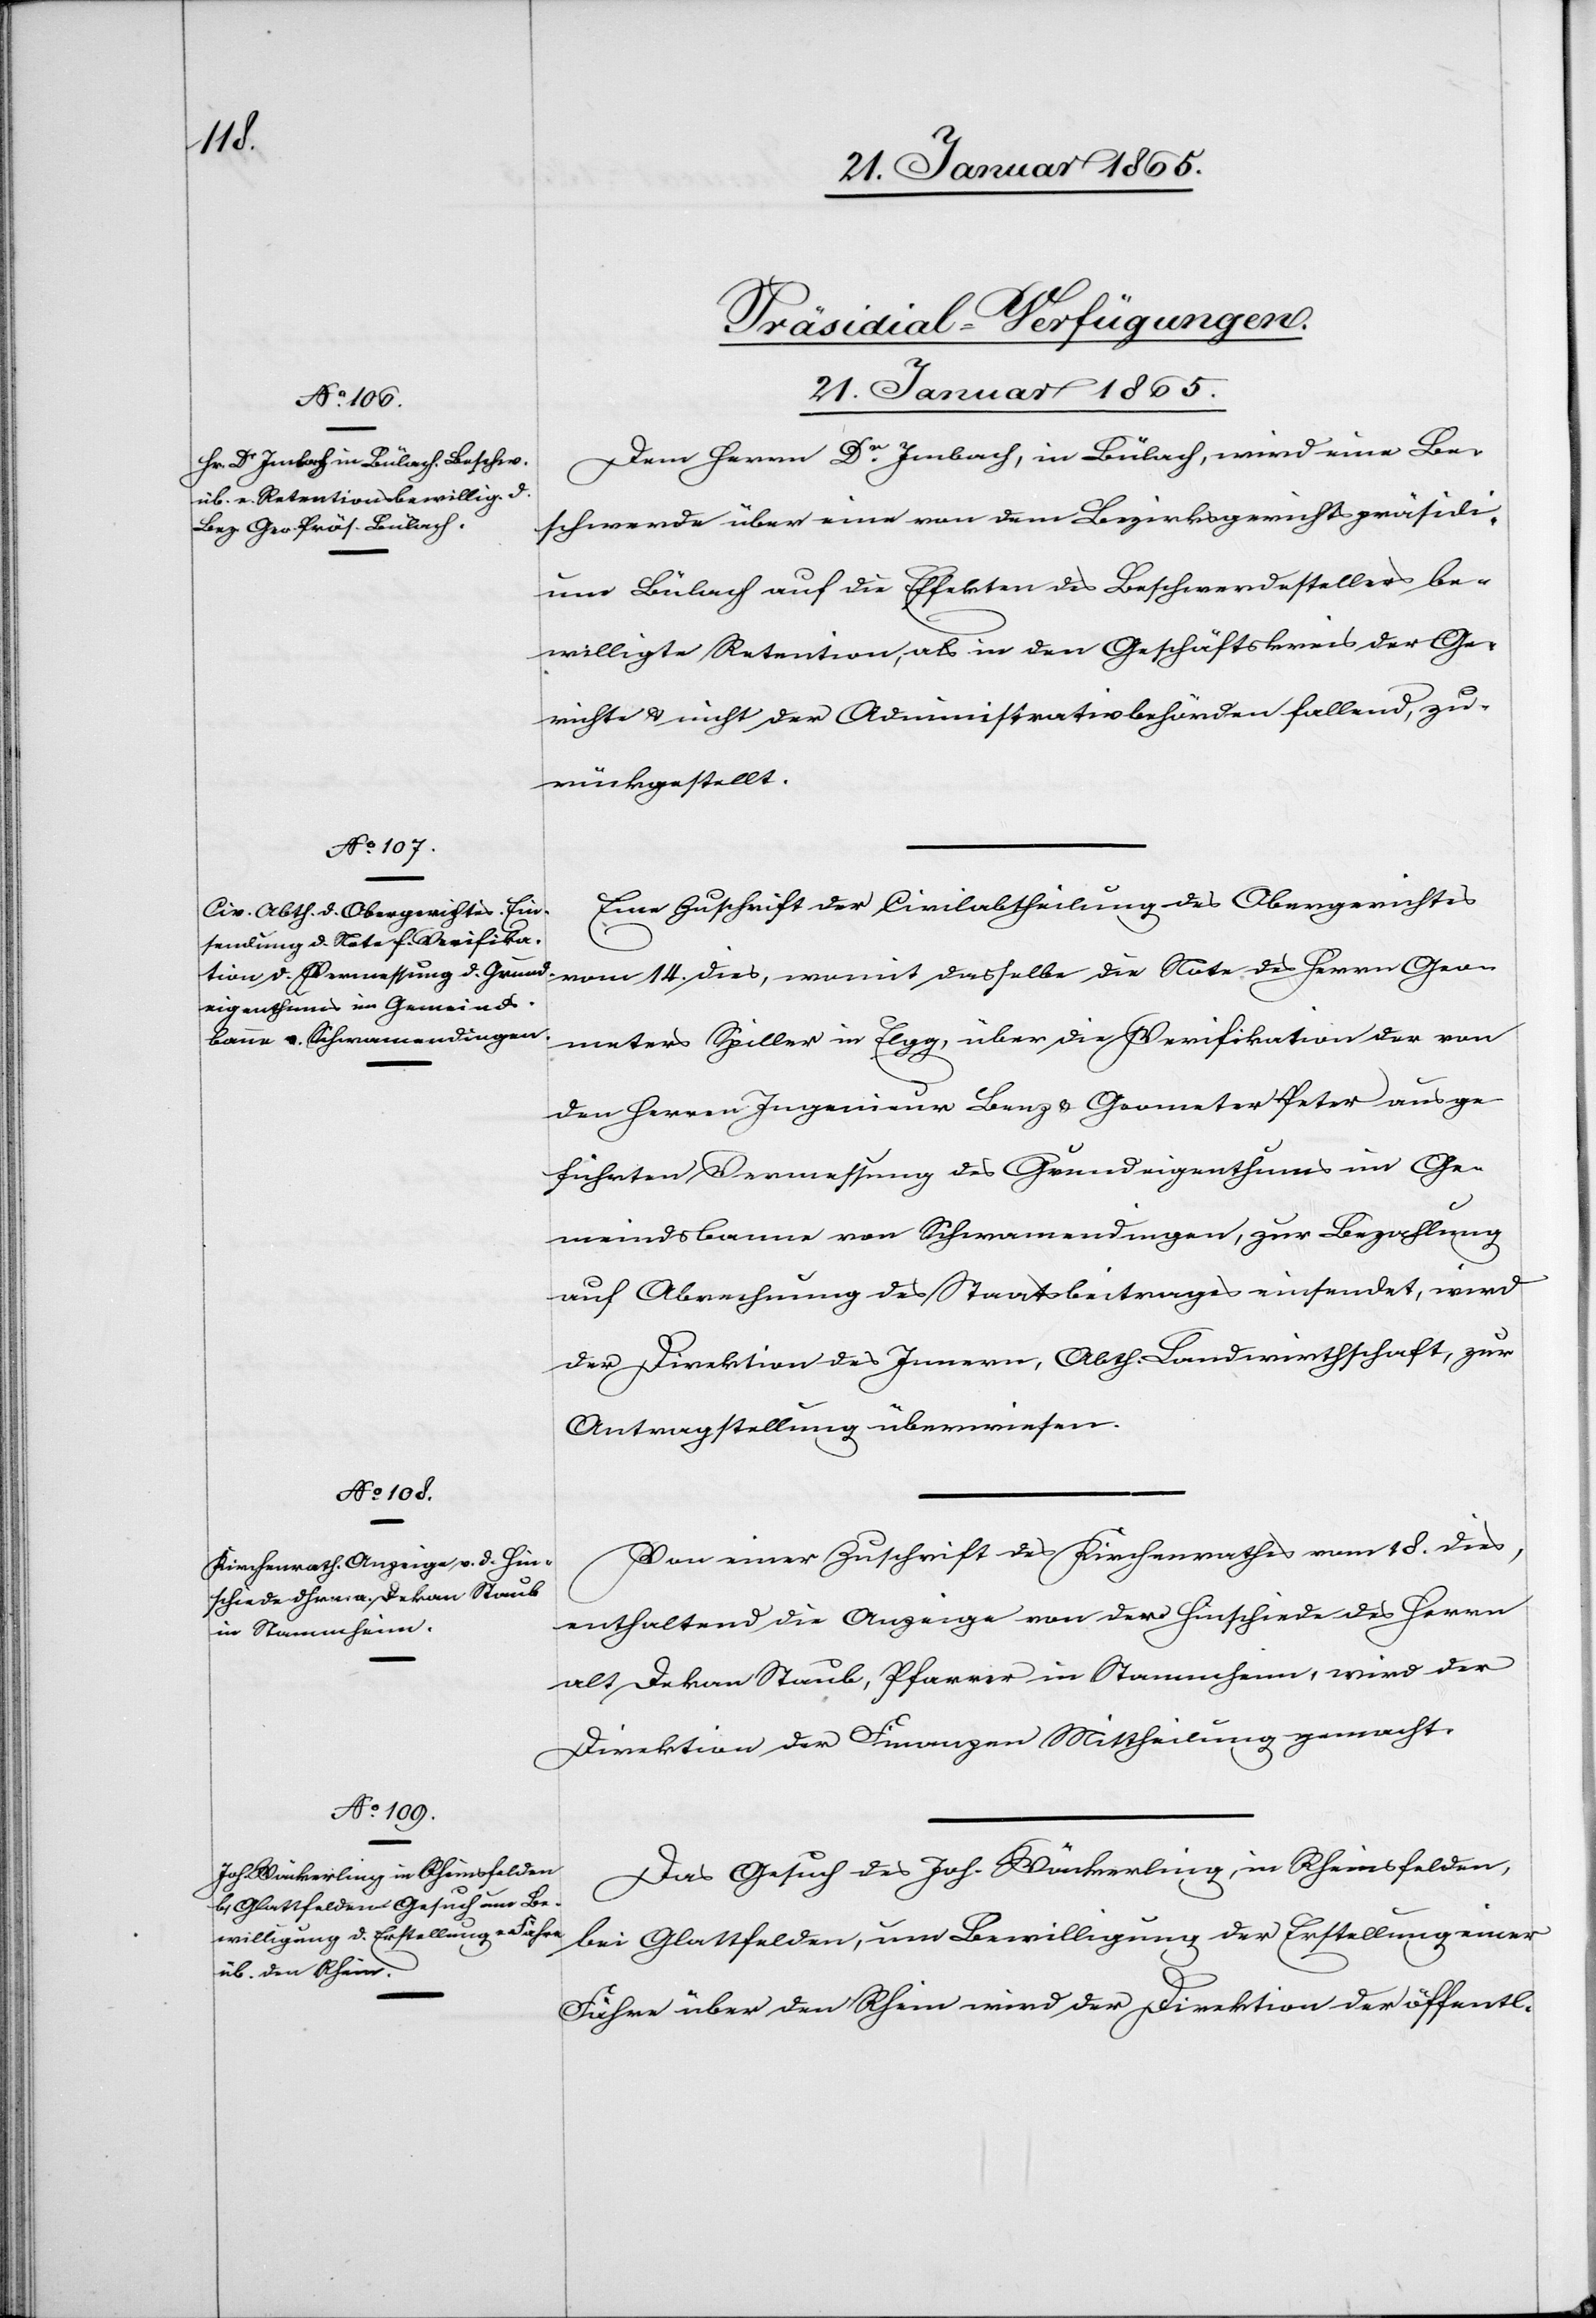
[Präsidial-Verfügungen.
21. Januar 1865.]
Dem Herrn Dr Imbach, in Bülach, wird eine Be¬
schwerde über eine von dem Bezirksgerichtspräsidi¬
um Bülach auf die Effekten des Beschwerdestellers be¬
willigte Retention, als in den Geschäftskreis der Ge¬
richte u. nicht der Administrativbehörden fallend, zu¬
rückgestellt.
Eine Zuschrift der Civilabtheilung des Obergerichtes
vom 14. dies, womit dasselbe die Note des Herrn Geo¬
meters Spiller in Elgg, über die Verifikation der von
den Herren Ingenieur Benz u. Geometer Peter ausge¬
führten Vermessung des Grundeigenthums im Ge¬
meindsbanne von Schwamendingen, zur Bezahlung
auf Abrechung des Staatsbeitrages einsendet, wird
der Direktion des Innern, Abth. Landwirthschaft, zur
Antragstellung überwiesen.
Von einer Zuschrift des Kirchenrathes vom 18. dies,
enthaltend die Anzeige von dem Hinschiede des Herrn
alt Dekan Staub, Pfarrer in Stammheim, wir der
Direktion der Finanzen Mittheilung gemacht.
Das Gesuch des Joh. Wäckerling, in Rheinsfelden,
bei Glattfelden, um Bewilligung der Erstellung einer
Fähre über den Rhein wird der Direktion der öffentl-